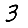
Digit: 3